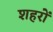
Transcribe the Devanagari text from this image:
शहरोँ